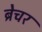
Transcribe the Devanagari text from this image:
ब्रेचर